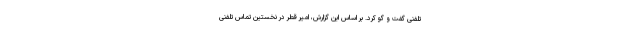
تلفنی گفت و گو کرد. بر اساس این گزارش، امیر قطر در نخستین تماس تلفنی